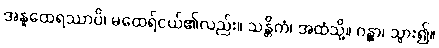
အနူထေရဿာပိ၊ မထေရ်ငယ်၏လည်း။ သန္တိကံ၊ အထံသို့။ ဂန္တွာ၊ သွား၍။